Papaver somniferum - Opium : an extract from the sixth volume of the Dictionary of Economic Products of India
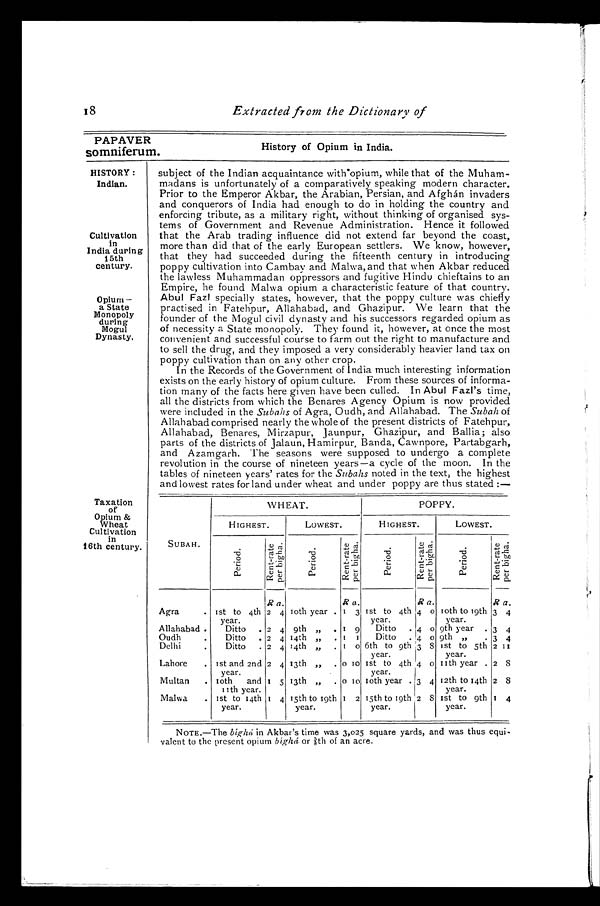
PAPAVER
somniferum.
History of Opium in India.
18
Extracted from the Dictionary of
HISTORY :
Indian.
Cultivation
in
India during
15th
century.
Opium —
a State
Monopoly
during
Mogul
Dynasty.
Taxation
of
Opium &
Wheat
Cultivation
in
16th century.
subject of the Indian acquaintance with opium, while that of the Muham-
madans is unfortunately of a comparatively speaking modern character.
Prior to the Emperor Akbar, the Arabian, Persian, and Afghán invaders
and conquerors of India had enough to do in holding the country and
enforcing tribute, as a military right, without thinking of organised sys-
tems of Government and Revenue Administration. Hence it followed
that the Arab trading influence did not extend far beyond the coast,
more than did that of the early European settlers. We know, however,
that they had succeeded during the fifteenth century in introducing
poppy cultivation into Cambay and Malwa, and that when Akbar reduced
the lawless Muhammadan oppressors and fugitive Hindu chieftains to an
Empire, he found Malwa opium a characteristic feature of that country.
Abul Fazl specially states, however, that the poppy culture was chiefly
practised in Fatehpur, Allahabad, and Ghazipur. We learn that the
founder of the Mogul civil dynasty and his successors regarded opium as
of necessity a State monopoly. They found it, however, at once the most
convenient and successful course to farm out the right to manufacture and
to sell the drug, and they imposed a very considerably heavier land tax on
poppy cultivation than on any other crop.
In the Records of the Government of India much interesting information
exists on the early history of opium culture. From these sources of informa-
tion many of the facts here given have been culled. In Abul Fazl's time,
all the districts from which the Benares Agency Opium is now provided
were included in the Subahs of Agra, Oudh, and Allahabad. The Subah of
Allahabad comprised nearly the whole of the present districts of Fatehpur,
Allahabad, Benares, Mirzapur, Jaunpur, Ghazipur, and Ballia; also
parts of the districts of Jalaun, Hamirpur, Banda, Cawnpore, Partabgarh,
and Azamgarh. The seasons were supposed to undergo a complete
revolution in the course of nineteen years—a cycle of the moon. In the
tables of nineteen years' rates for the Subahs noted in the text, the highest
and lowest rates for land under wheat and under poppy are thus stated :—
SUBAH.
WHEAT.
POPPY.
HIGHEST.
LOWEST.
HIGHEST.
LOWEST.
P e r i o d .
R e n t - r a t e p e r b i g h a .
P e r i o d .
R e n t - r a t e p e r b i g h a .
P e r i o d .
R e n t - r a t e p e r b i g h a .
P e r i o d .
R e n t - r a t e p e r b i g h a .
R a.
R a.
R a.
R a.
Agra
. 1st to 4th
year.
2 4 10th year . 1 3
1 s t t o 4 t h y e a r . 4 0
1 0 t h t o 1 9 t h y e a r .
3 4
Allahabad .
Ditto
. 2 4 9th
„
. 1 9
Ditto
. 4 0 9th year . 3 4
Oudh
.
Ditto
.
2 4 14th „
. 1 1
Ditto
. 4
0 9th ,,
. 3 4
Delhi
.
Ditto
. 2 4 14th „
. 1
0 6th to 9th
year.
3 8 1st to 5th
year.
2 1 1
Lahore
. 1st and 2nd year. 2 4 13th „
. 0 1 0 1st to 4th year. 4
0 11th year . 2 8
Multan
. 10th and
11th year.
1 5 13th „
. 0 10 10th year .
3 4 12th to 14th
year.
2 8
Malwa
. 1st to 14th
year.
1 4 15th to 19th y e a r . 1 2 15th to 19th
year.
2
8 1st to 9th
year.
1 4
NOTE.—The bíghá in Akbar's time was 3,025 square yards, and was thus equi-
valent to the present opium bíghá or 5/8th of an acre.